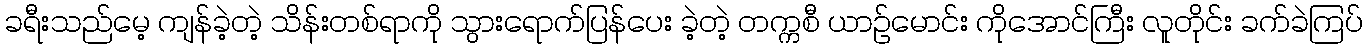
ခရီးသည်မေ့ ကျန်ခဲ့တဲ့ သိန်းတစ်ရာကို သွားရောက်ပြန်ပေး ခဲ့တဲ့ တက္ကစီ ယာဉ်မောင်း ကိုအောင်ကြီး လူတိုင်း ခက်ခဲကြပ်